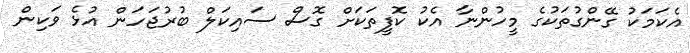
އެކަމަކު ގޭންގުތަކުގެ މީހުންނާ އެކު ކޮފީތަކަށް ގޮސް ސައިކަލް ބުރުޖަހަން އުޅެ ވަކިން